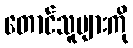
တောင်သူများကို